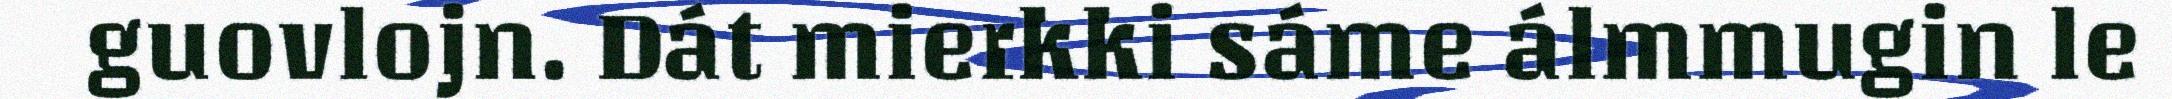
guovlojn. Dát mierkki sáme álmmugin le